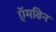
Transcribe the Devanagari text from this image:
ऍमविन